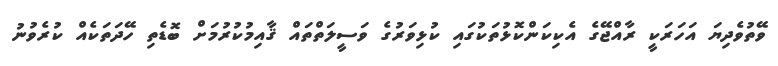
ވޭތުވެދިޔަ އަހަރަކީ ރާއްޖޭގެ އެކިކަންކޮޅުތަކުގައި ކުޅިވަރުގެ ވަސީލަތްތައް ޤާއިމުކުރުމަށް ބޮޑެތި ހޭދަތަކެއް ކުރެވުނު